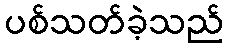
ပစ်သတ်ခဲ့သည်